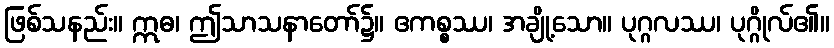
ဖြစ်သနည်း။ ဣဓ၊ ဤသာသနာတော်၌။ ဧကစ္စဿ၊ အချို့သော။ ပုဂ္ဂလဿ၊ ပုဂ္ဂိုလ်၏။